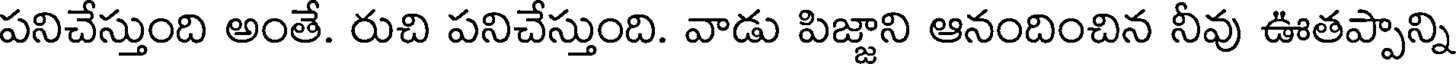
పనిచేస్తుంది అంతే. రుచి పనిచేస్తుంది. వాడు పిజ్జాని ఆనందించిన నీవు ఊతప్పాన్ని